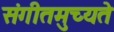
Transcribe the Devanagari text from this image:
संगीतमुच्यते